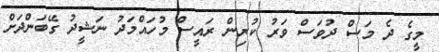
މީގެ ދެ މަސް ދުވަސް ވަރު ކުރިން ރައީސް މުހައްމަދު ނަޝީދު ގޭބަންދަށް